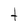
Character: t